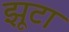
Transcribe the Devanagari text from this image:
झूटा